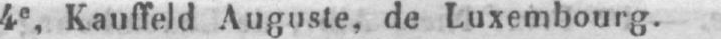
4e, Kauffeld Auguste, de Luxembourg.